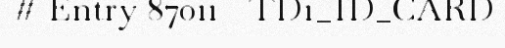
# Entry 87011 - TD1_ID_CARD